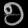
Digit: ၅